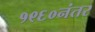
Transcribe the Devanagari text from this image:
१९६०नंतर